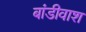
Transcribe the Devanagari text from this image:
बांडीवाश